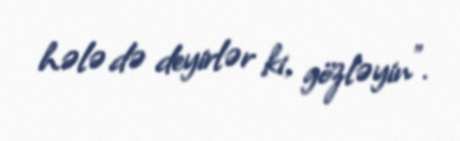
hələ də deyirlər ki, gözləyin”.